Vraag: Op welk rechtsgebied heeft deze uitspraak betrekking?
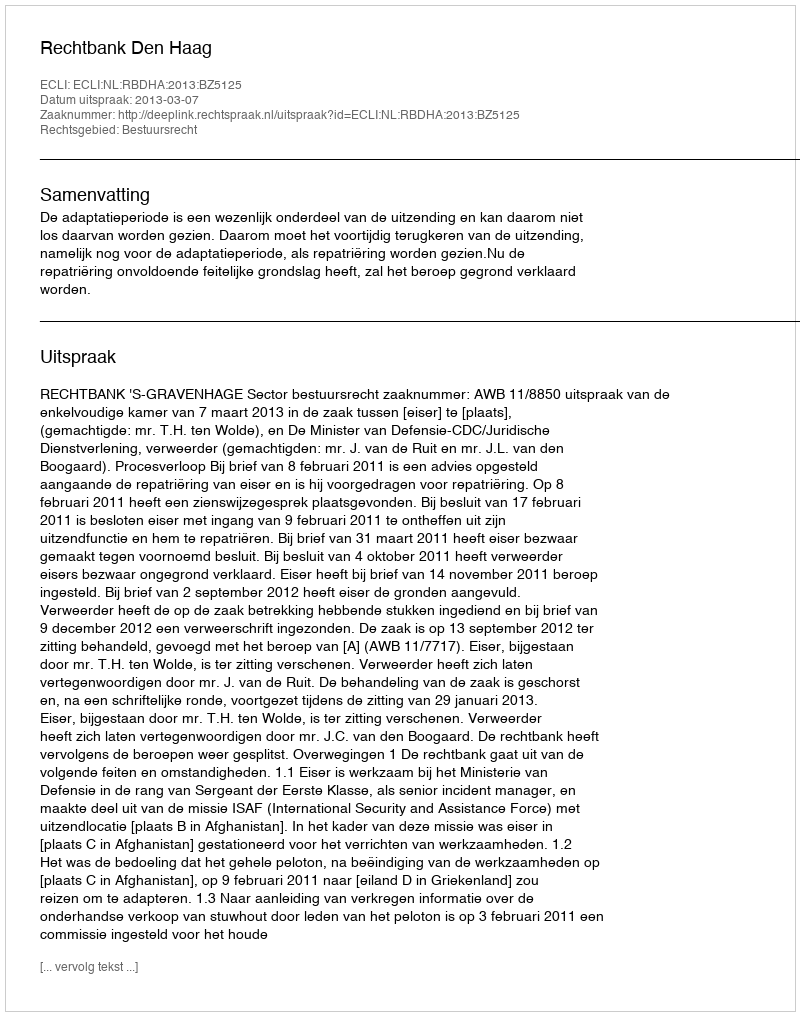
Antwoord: Bestuursrecht